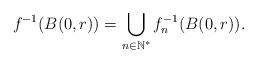
LaTeX: \begin{align*}f^{-1}(B(0,r))=\bigcup\limits_{n\in\mathbb{N}^{\ast}}f_{n}^{-1}(B(0,r)).\end{align*}